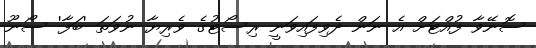
ސޮނޭވާ ފުއްޓަށް އެ ނަން ދެވިފައިވަނީ ރިސޯޓުގެ ވެރިޔާ ނުވަތަ 'ބަފާ' ސޯނޫ